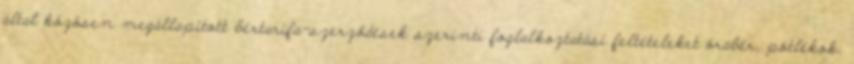
által közösen megállapított bértarifa-szerződések szerinti foglalkoztatási feltételeket órabér, pótlékok,